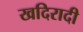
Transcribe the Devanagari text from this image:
खदिरादी